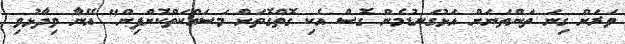
ވަރަށް ގިނަ ތަންތަނަށް އަޅުގަނޑުމެން ގޮސް އެކި ގޮތްގޮތަށް މަސައްކަތްކޮށްފިން" އޭނާ ވިދާޅުވި